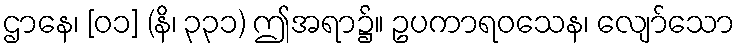
ဌာနေ၊ [၀၁] (နိ၊ ၃၃၁) ဤအရာ၌။ ဥပကာရဝသေန၊ လျော်သော